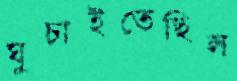
ঘুচাইতেছিল